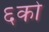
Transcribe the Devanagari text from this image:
६को